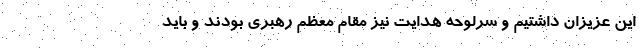
این عزیزان داشتیم و سرلوحه هدایت نیز مقام معظم رهبری بودند و باید